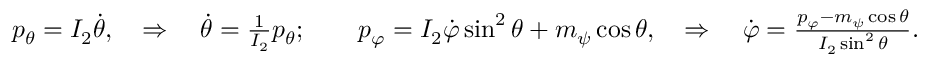
\begin{array} { r } { p _ { \theta } = I _ { 2 } \dot { \theta } , \quad \Rightarrow \quad \dot { \theta } = \frac { 1 } { I _ { 2 } } p _ { \theta } ; \qquad p _ { \varphi } = I _ { 2 } \dot { \varphi } \sin ^ { 2 } \theta + m _ { \psi } \cos \theta , \quad \Rightarrow \quad \dot { \varphi } = \frac { p _ { \varphi } - m _ { \psi } \cos \theta } { I _ { 2 } \sin ^ { 2 } \theta } . } \end{array}